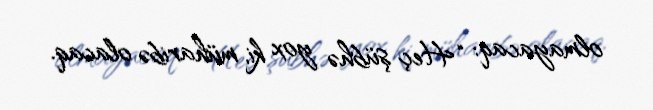
olmayacaq: “Heç şübhə yox ki, müharibə olacaq.